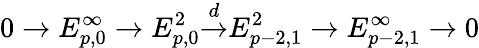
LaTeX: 0\to E_{p,0}^{\infty}\to E_{p,0}^{2}{\overset{d}{\to}}E_{p-2,1}^{2}\to E_{p-2,1}^{\infty}\to 0